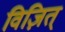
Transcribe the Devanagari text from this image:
विज़ित्